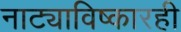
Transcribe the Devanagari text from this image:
नाट्याविष्कारही